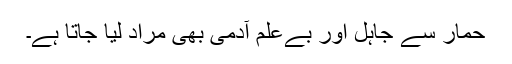
حمار سے جاہل اور بےعلم آدمی بھی مراد لیا جاتا ہے۔